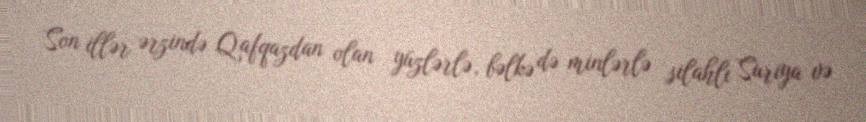
Son illər ərzində Qafqazdan olan yüzlərlə, bəlkə də minlərlə silahlı Suriya və